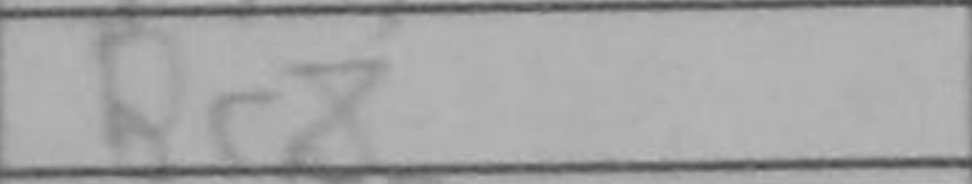
Transcription: Re8